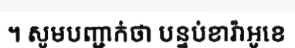
។ សូមបញ្ជាក់ថា បន្ទប់ខារ៉ាអូខេ